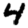
Digit: 4